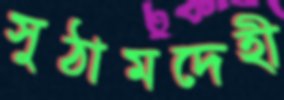
সুঠামদেহী